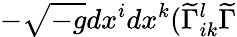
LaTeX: -\sqrt{-g}dx^{i}dx^{k}(\widetilde{\Gamma}_{ik}^{l}\widetilde{\Gamma}